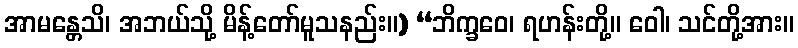
အာမန္တေသိ၊ အဘယ်သို့ မိန့်တော်မူသနည်း။) “ဘိက္ခဝေ၊ ရဟန်းတို့။ ဝေါ၊ သင်တို့အား။